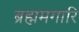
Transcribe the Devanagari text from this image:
ब्रह्ममगारि